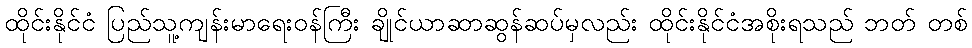
ထိုင်းနိုင်ငံ ပြည်သူ့ကျန်းမာရေးဝန်ကြီး ချိုင်ယာဆာဆွန်ဆပ်မှလည်း ထိုင်းနိုင်ငံအစိုးရသည် ဘတ် တစ်